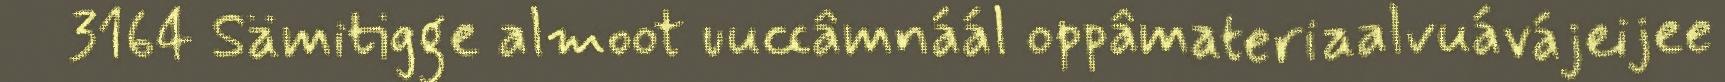
3164 Sämitigge almoot uuccâmnáál oppâmateriaalvuávájeijee